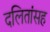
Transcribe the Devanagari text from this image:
दलितांसह